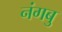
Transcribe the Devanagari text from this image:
नंगबु